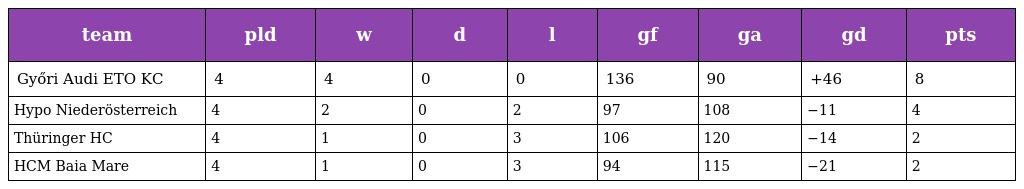
| team | pld | w | d | l | gf | ga | gd | pts |
 | --- | --- | --- | --- | --- | --- | --- | --- | --- |
 | Győri Audi ETO KC | 4 | 4 | 0 | 0 | 136 | 90 | +46 | 8 |
 | Hypo Niederösterreich | 4 | 2 | 0 | 2 | 97 | 108 | −11 | 4 |
 | Thüringer HC | 4 | 1 | 0 | 3 | 106 | 120 | −14 | 2 |
 | HCM Baia Mare | 4 | 1 | 0 | 3 | 94 | 115 | −21 | 2 |